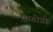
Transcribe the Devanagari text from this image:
सम्गोत्री